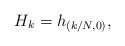
\begin{align*} H_k = h_{(k/N,0)},\end{align*}